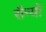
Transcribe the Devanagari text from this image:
सैन्यों